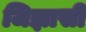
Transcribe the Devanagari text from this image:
जिज्ञासी